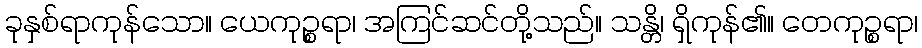
ခုနှစ်ရာကုန်သော။ ယေကုဉ္စရာ၊ အကြင်ဆင်တို့သည်။ သန္တိ၊ ရှိကုန်၏။ တေကုဉ္စရာ၊